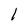
Character: 1